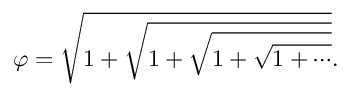
\varphi = { \sqrt { 1 + { \sqrt { 1 + { \sqrt { 1 + { \sqrt { 1 + \cdots } } } } } } } } .